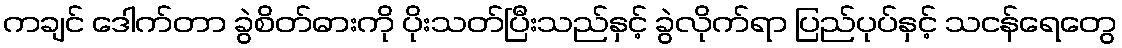
ကချင် ဒေါက်တာ ခွဲစိတ်ဓားကို ပိုးသတ်ပြီးသည်နှင့် ခွဲလိုက်ရာ ပြည်ပုပ်နှင့် သငန်ရေတွေ